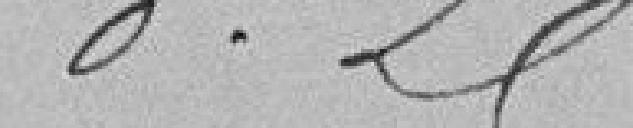
O.25